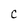
Character: c